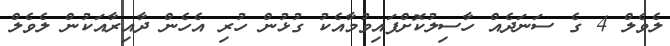
ލެވެލް 4 ގެ ސަނަދެއް ހާސިލުކޮށްފައިވުމާއެކު ގުޅުން ހުރި އެހެން ދާއިރާއަކުން ލެވެލް